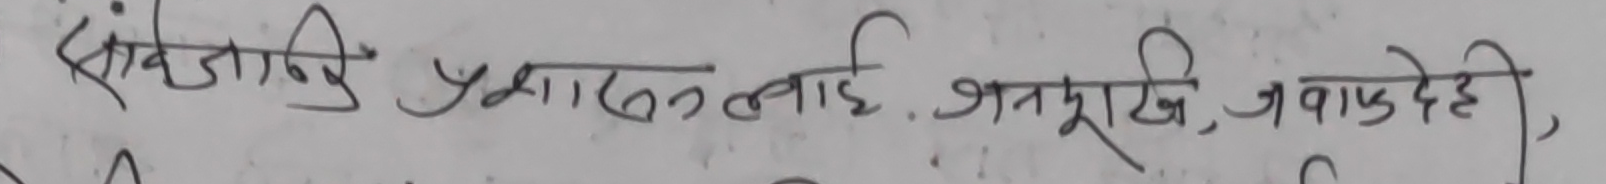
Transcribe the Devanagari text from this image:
सांबजनिक प्रशासनलाई .जनमुखी, जवाफदेही,